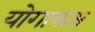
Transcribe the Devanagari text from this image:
योगाकक्ष